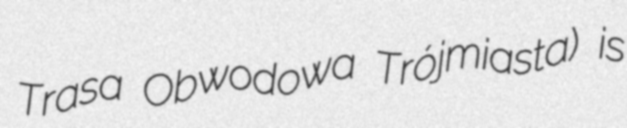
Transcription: Trasa Obwodowa Trójmiasta) is